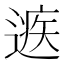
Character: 𨕾